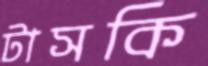
টাসকি